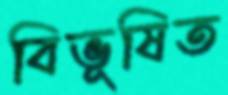
বিভূষিত